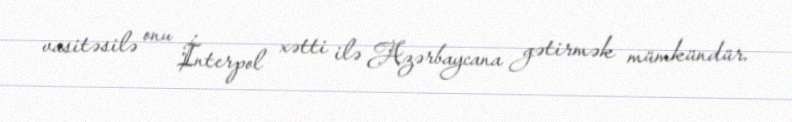
vasitəsilə onu İnterpol xətti ilə Azərbaycana gətirmək mümkündür.